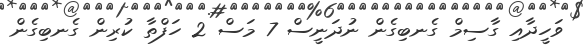
ވަހީދާއި ގާސިމް ގެނބިގެން ނުދަަަނީސް 7 މަސް 2 ހަފްތާ ކުރިން ގެނބިގެން